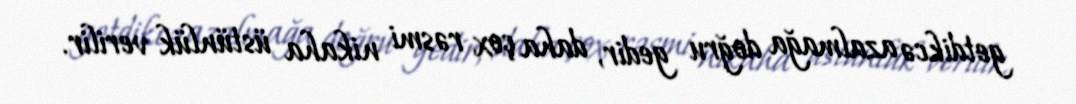
getdikcə azalmağa doğru gedir, daha çox rəsmi nikaha üstünlük verilir.